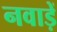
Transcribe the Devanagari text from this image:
नवाड़ें